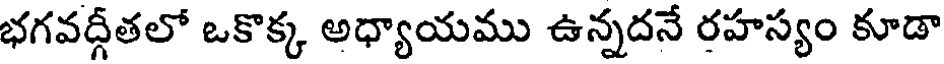
భగవద్గీతలో ఒకొక్క అధ్యాయము ఉన్నదనే రహస్యం కూడా